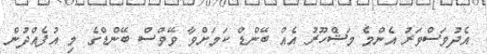
އެދުވަސްވަރު އެންމެ މަޝްހޫރު އެއް ބޭންޑް ކަމަށްވާ ވޭވްސް ބޭންޑްގެ މި އުފެއްދުން